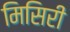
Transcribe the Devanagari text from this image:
मिसिरी